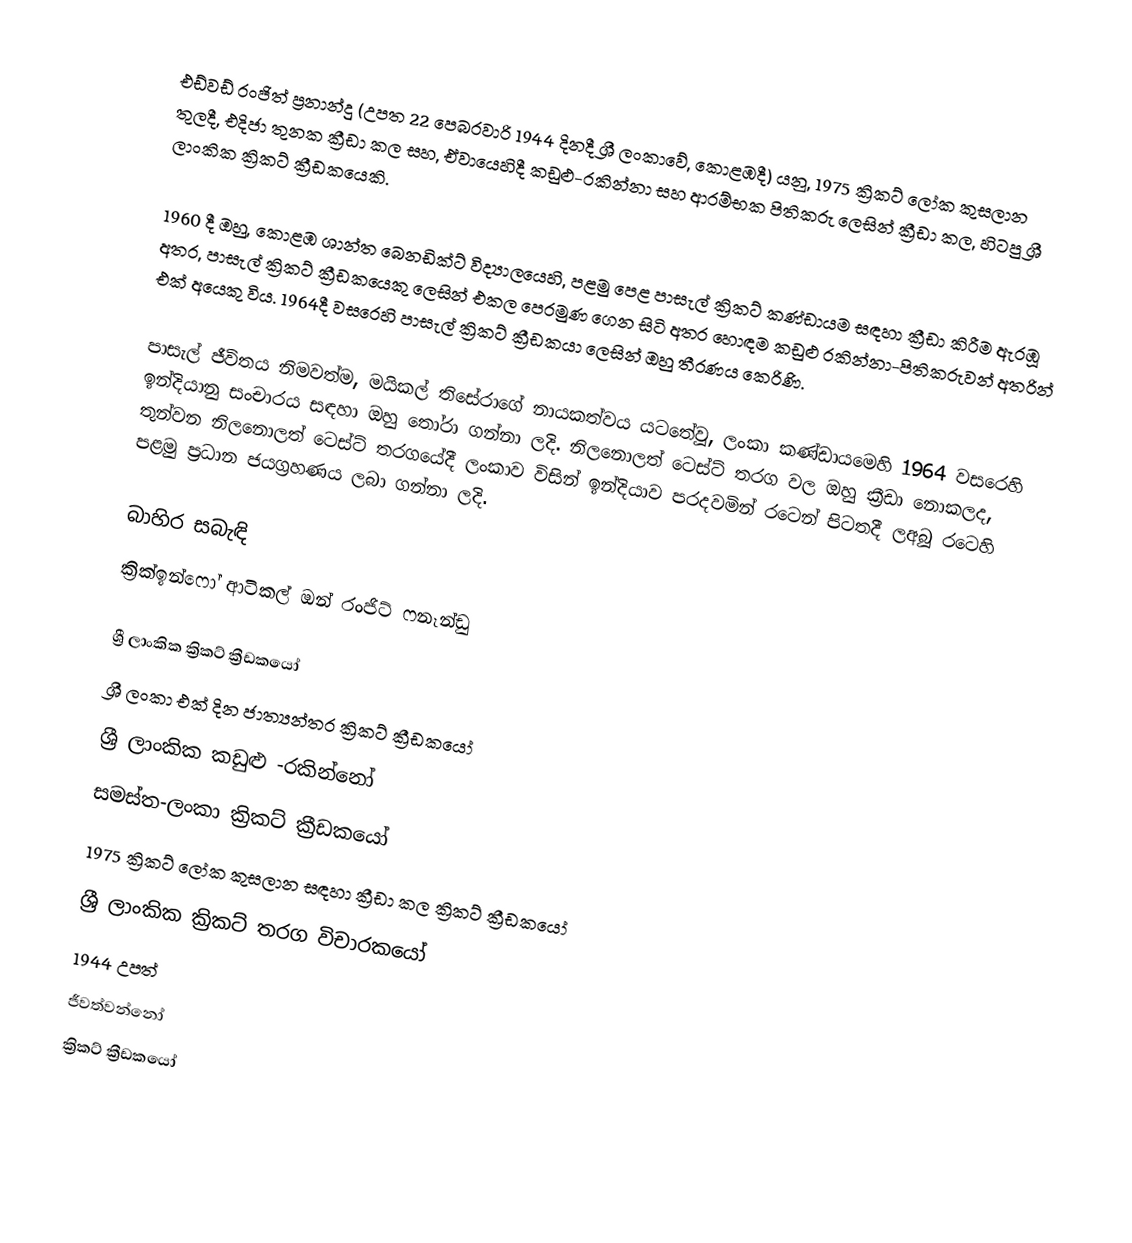
එඩ්වඩ් රංජිත් ප්‍රනාන්දු (උපත 22 පෙබරවාරි 1944 දිනදී ශ්‍රී ලංකාවේ, කොළඹදී) යනු, 1975 ක්‍රිකට් ලෝක කුසලාන තුලදී, එදිජා තුනක ක්‍රීඩා කල සහ, ඒවායෙහිදී කඩුළු-රකින්නා සහ ආරම්භක පිතිකරු ලෙසින් ක්‍රීඩා කල, හිටපු ශ්‍රී ලාංකික  ක්‍රිකට් ක්‍රීඩකයෙකි.

1960 දී ඔහු,  කොළඹ ශාන්ත බෙනඩික්ට් විද්‍යාලයෙහි, පළමු පෙළ පාසැල් ක්‍රිකට් කණ්ඩායම සඳහා ක්‍රීඩා කිරීම ඇරඹූ අතර, පාසැල් ක්‍රිකට් ක්‍රීඩකයෙකු ලෙසින් එකල පෙරමුණ ගෙන සිටි අතර හොඳම කඩුළු රකින්නා-පිතිකරුවන් අතරින් එක් අයෙකු විය. 1964දී වසරෙහි පාසැල් ක්‍රිකට් ක්‍රීඩකයා ලෙසින් ඔහු තීරණය කෙරිණි.

පාසැල් ජීවිතය නිමවත්ම, මයිකල් තිසේරාගේ නායකත්වය යටතේවූ, ලංකා කණ්ඩායමෙහි 1964 වසරෙහි ඉන්දියානු සංචාරය සඳහා ඔහු තෝරා ගන්නා ලදි. නිලනොලත් ටෙස්ට් තරග වල ඔහු ක්‍රීඩා නොකලද,  තුන්වන නිලනොලත් ටෙස්ට් තරගයේදී ලංකාව විසින් ඉන්දියාව පරදවමින් රටෙන් පිටතදී ලඅබූ  රටෙහි පළමු ප්‍රධාන ජයග්‍රහණය ලබා ගන්නා ලදි.

බාහිර සබැඳි
ක්‍රික්ඉන්ෆෝ ආටිකල් ඔන් රංජිට් ෆනෑන්ඩු

ශ්‍රී ලාංකික ක්‍රිකට් ක්‍රීඩකයෝ
ශ්‍රී ලංකා එක් දින ජාත්‍යන්තර ක්‍රිකට් ක්‍රීඩකයෝ
ශ්‍රී ලාංකික කඩුළු -රකින්නෝ
සමස්ත-ලංකා ක්‍රිකට් ක්‍රීඩකයෝ
1975 ක්‍රිකට් ලෝක කුසලාන සඳහා ක්‍රීඩා කල ක්‍රිකට් ක්‍රීඩකයෝ
ශ්‍රී ලාංකික ක්‍රිකට් තරග විචාරකයෝ
1944 උපත්
ජීවත්වන්නෝ
ක්‍රිකට් ක්‍රීඩකයෝ